Annual vaccination report of Bihar and Orissa - 1911-1928
Year: 1911
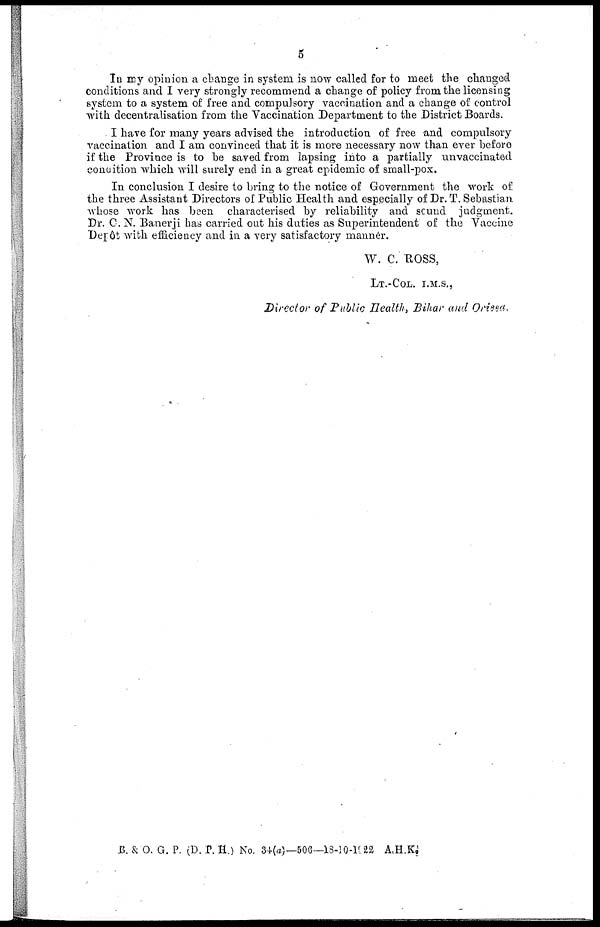
5
In my opinion a change in system is now called for to meet the changed
conditions and I very strongly recommend a change of policy from the licensing
system to a system of free and compulsory vaccination and a change of control
with decentralisation from the Vaccination Department to the District Boards.
I have for many years advised the introduction of free and compulsory
vaccination and I am convinced that it is more necessary now than ever before
if the Province is to be saved from lapsing into a partially unvaccinated
condition which will surely end in a great epidemic of small-pox.
In conclusion I desire to bring to the notice of Government the work of
the three Assistant Directors of Public Health and especially of Dr. T. Sebastian
whose work has been characterised by reliability and sound judgment.
Dr. C. N. Banerji has carried out his duties as Superintendent of the Vaccine
Depôt with efficiency and in a very satisfactory manner.
W. C. ROSS,
LT.-COL. I.M.S.,
Director of Public Health, Bihar and Orissa.
B. & O. G. P. (D. P. H.) No. 34.(a)—506—18-10-1922 A.H.K.